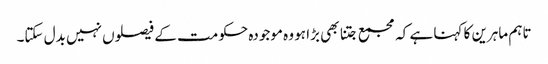
تاہم ماہرین کا کہنا ہے کہ مجمع جتنا بھی بڑا ہو وہ موجودہ حکومت کے فیصلوں نہیں بدل سکتا۔